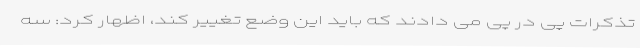
تذکرات پی در پی می دادند که باید این وضع تغییر کند، اظهار کرد: سه